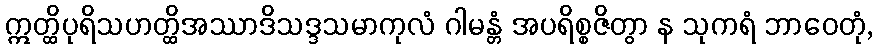
ဣတ္ထိပုရိသဟတ္ထိအဿာဒိသဒ္ဒသမာကုလံ ဂါမန္တံ အပရိစ္စဇိတွာ န သုကရံ ဘာဝေတုံ,